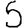
Digit: 5